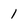
Character: 1